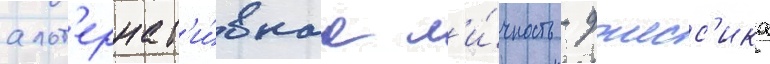
альт'ернат'и́внаа л'и́чность - джесс'ика